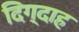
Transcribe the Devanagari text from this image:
दिग्दाह